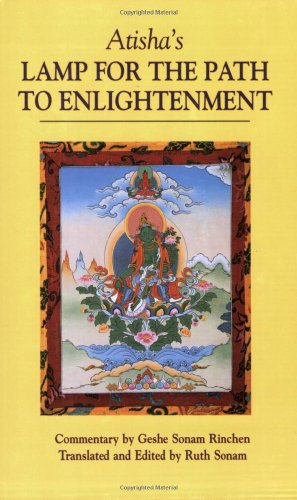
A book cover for Atisha's Lamp for the Path to Enlightenment; Geshe Sonam Rinchen; Religion & Spirituality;